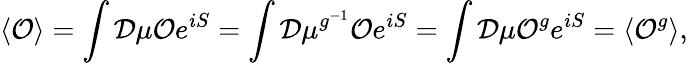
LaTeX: \left\langle{{\cal O}}\right\rangle=\int{\cal D}\mu{{\cal O}}e^{iS}=\int{\cal D}\mu^{g^{-1}}{{\cal O}}e^{iS}=\int{\cal D}\mu{{\cal O}}^{g}e^{iS}=\left\langle{{\cal O}}^{g}\right\rangle,